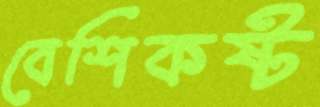
বেশিকষ্ট